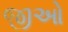
જીઓ